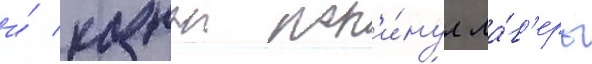
и́ казнои пок'и́нул ла́г'ерь